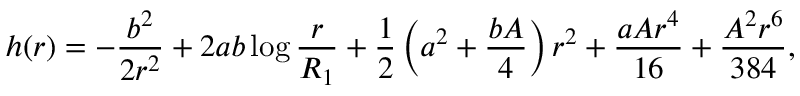
h ( r ) = - \frac { b ^ { 2 } } { 2 r ^ { 2 } } + 2 a b \log \frac { r } { R _ { 1 } } + \frac { 1 } { 2 } \left( a ^ { 2 } + \frac { b A } { 4 } \right) r ^ { 2 } + \frac { a A r ^ { 4 } } { 1 6 } + \frac { A ^ { 2 } r ^ { 6 } } { 3 8 4 } ,